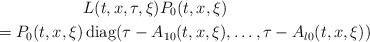
LaTeX: \begin{align*}&L(t,x,\tau, \xi)P_0(t,x,\xi)\\=P_0(t,x,\xi)&\,{\rm diag}(\tau-{ A}_{10}(t,x,\xi),\ldots, \tau-{ A}_{l0}(t,x,\xi))\end{align*}